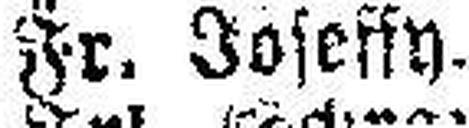
Fr. Joseffy.